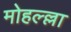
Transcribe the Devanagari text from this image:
मोहल्ल्ला